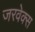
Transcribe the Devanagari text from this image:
जरवेक्स